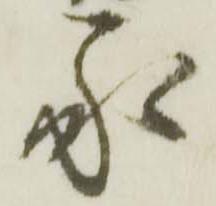
承